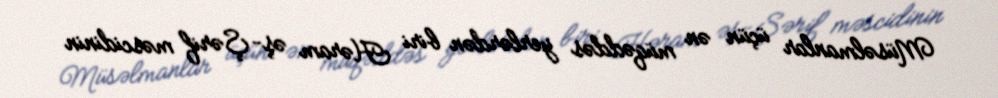
Müsəlmanlar üçün ən müqəddəs yerlərdən biri Həram əş-Şərif məscidinin